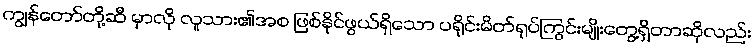
ကျွန်တော်တို့ဆီ မှာလို လူသား၏အစ ဖြစ်နိုင်ဖွယ်ရှိသော ပရိုင်းမိတ်ရုပ်ကြွင်းမျိုးတွေ့ရှိတာဆိုလည်း